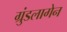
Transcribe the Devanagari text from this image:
ग्रुंडलागेन